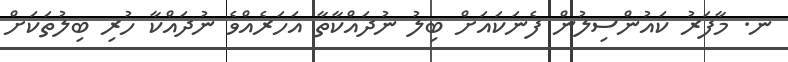
ނ. މާފަރު ކައުންސިލުން ފެނަކައަށް ބިލު ނުދައްކާތާ އަހަރެއްވެ ނުދައްކާ ހުރި ބިލުތަކަށް